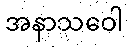
အနာသဝေါ